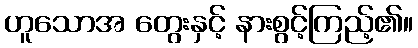
ဟူသောအ တွေးနှင့် နားစွင့်ကြည့်၏။